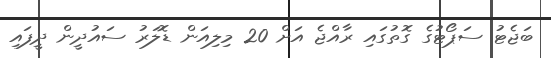
ބަޖެޓު ސަޕޯޓުގެ ގޮތުގައި ރާއްޖެ އަށް 20 މިލިއަން ޑޮލަރު ސައުދީން ދީފައި